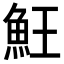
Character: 𩵭